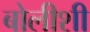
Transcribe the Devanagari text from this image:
बोलीशी